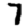
Digit: 7